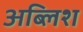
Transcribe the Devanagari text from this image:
अब्लिश